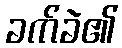
ခက်ခဲ၏